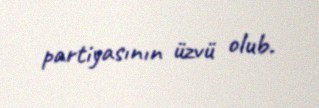
partiyasının üzvü olub.